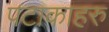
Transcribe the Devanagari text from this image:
पटाकाहरु